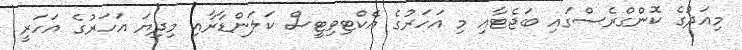
މިއަދުގެ ކޮންގްރެސްގައި ބަޖެޓާއި މި އަހަރުގެ އެކްޓިވިޓީސް ކަލަންޑާރާއި މިދިޔަ އަހަރުގެ އަހަރީ